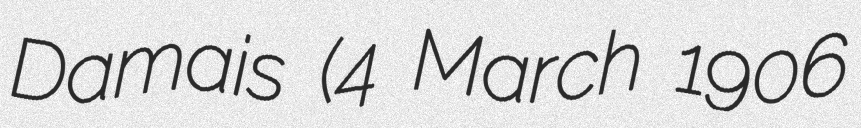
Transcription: Damais (4 March 1906